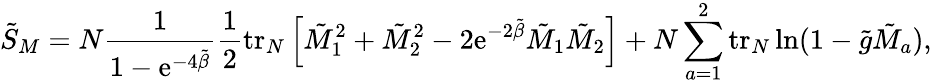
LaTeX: \tilde{S}_{M}=N\frac{1}{1-\mathrm{e}^{-4\tilde{\beta}}}\frac{1}{2}\mathrm{tr}_{N}\left[\tilde{M}_{1}^{2}+\tilde{M}_{2}^{2}-2\mathrm{e}^{-2\tilde{\beta}}\tilde{M}_{1}\tilde{M}_{2}\right]+N\sum_{a=1}^{2}\mathrm{tr}_{N}\ln(1-\tilde{g}\tilde{M}_{a}),